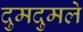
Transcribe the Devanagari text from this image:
दुमदुमले